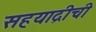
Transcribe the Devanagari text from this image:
सहयाद्रीची